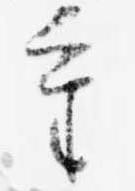
重